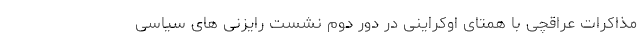
مذاکرات عراقچی با همتای اوکراینی در دور دوم نشست رایزنی های سیاسی